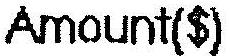
AMOUNT($)